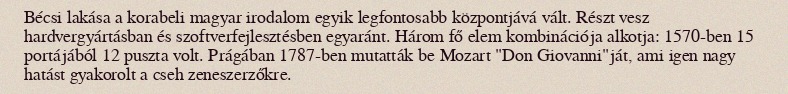
Bécsi lakása a korabeli magyar irodalom egyik legfontosabb központjává vált. Részt vesz hardvergyártásban és szoftverfejlesztésben egyaránt. Három fő elem kombinációja alkotja: 1570-ben 15 portájából 12 puszta volt. Prágában 1787-ben mutatták be Mozart "Don Giovanni"ját, ami igen nagy hatást gyakorolt a cseh zeneszerzőkre.